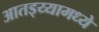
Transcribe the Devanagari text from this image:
आतड्य्यामध्ये